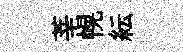
莘幌紜